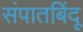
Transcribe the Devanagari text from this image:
संपातबिंदू